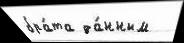
бра́та да́нным